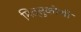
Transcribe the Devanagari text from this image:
मित्सुकोशी